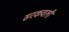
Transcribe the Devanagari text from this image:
सरकवली